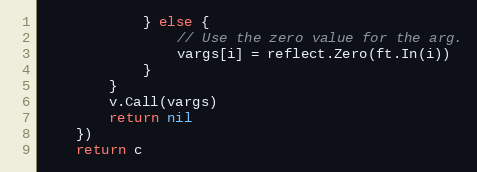
Language: Go
			} else {
				// Use the zero value for the arg.
				vargs[i] = reflect.Zero(ft.In(i))
			}
		}
		v.Call(vargs)
		return nil
	})
	return c